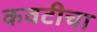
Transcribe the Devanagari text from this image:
कवटीचा